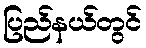
ပြည်နယ်တွင်